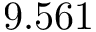
9 . 5 6 1